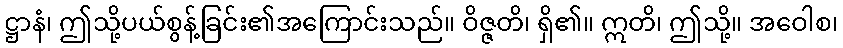
ဋ္ဌာနံ၊ ဤသို့ပယ်စွန့်ခြင်း၏အကြောင်းသည်။ ဝိဇ္ဇတိ၊ ရှိ၏။ ဣတိ၊ ဤသို့။ အဝေါစ၊